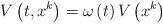
LaTeX: \begin{align*}V\left( t,x^{k}\right) =\omega\left( t\right) V\left( x^{k}\right) ~\end{align*}